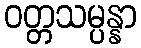
ဝတ္တသမ္ပန္နာ